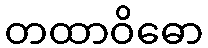
တထာဝိဓော